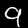
Label: 9